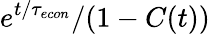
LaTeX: e^{t/{\tau_{econ}}}/(1-C(t))